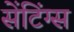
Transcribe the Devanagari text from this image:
सेंटिंग्स